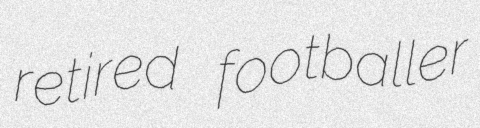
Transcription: retired footballer